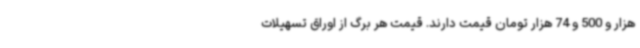
هزار و 500 و 74 هزار تومان قیمت دارند. قیمت هر برگ از اوراق تسهیلات